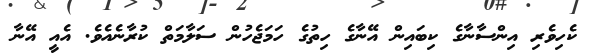
ކެހިވެރި އިންސާނާގެ ކިބައިން އޭނާގެ ހިތުގެ ހަމަޖެހުން ސަލާމަތް ކުރާނެއެވެ. އެއީ އޭނާ